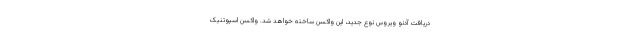
دریافت آدنو ویروس نوع جدید، این واکسن ساخته خواهد شد. واکسن اسپوتنیک